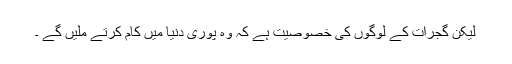
لیکن گجرات کے لوگوں کی خصوصیت ہے کہ وہ پوری دنیا میں کام کرتے ملیں گے ۔